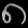
Digit: ၈